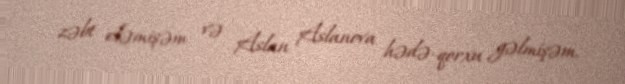
zəbt eləmişəm və Aslan Aslanova hədə-qorxu gəlmişəm.